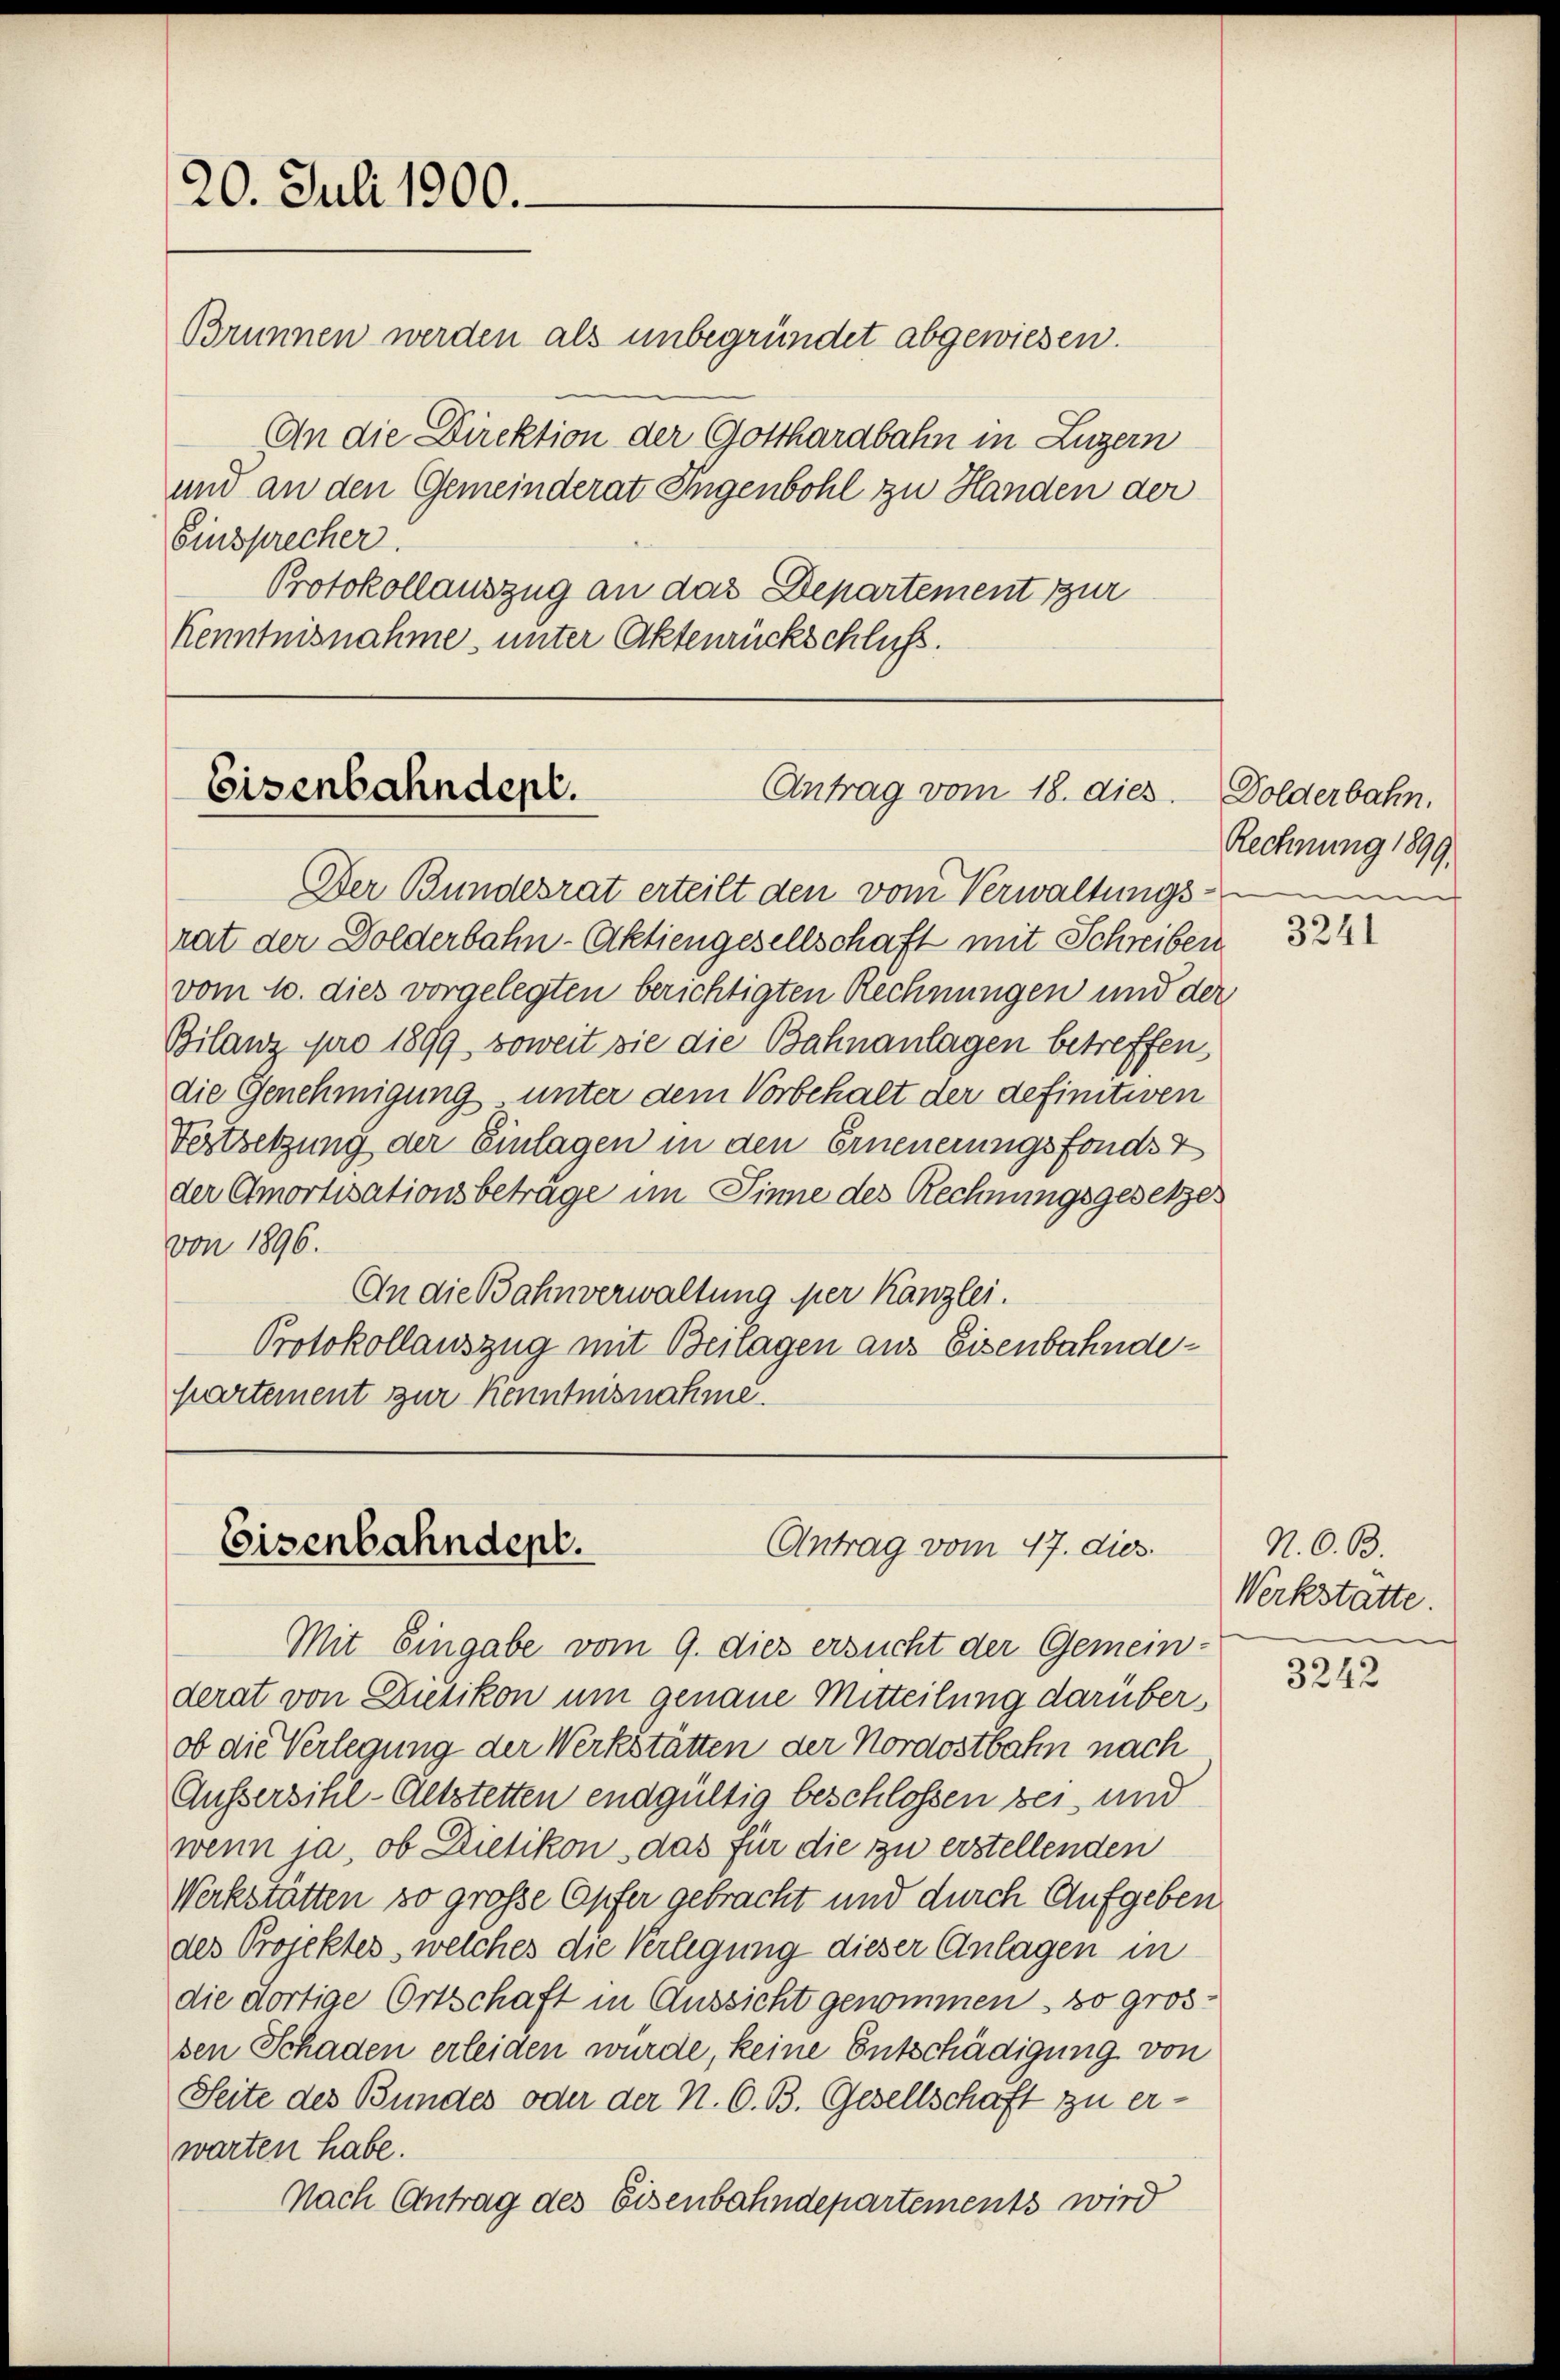
20. Juli 1900.

Brunnen werden als unbegründet abgewiesen.
An die Direktion der Gotthardbahn in Luzern
und an den Gemeinderat Ingenbohl zu Handen der
Einsprecher.
Protokollauszug an das Departement zur
Kenntnisnahme, unter Aktenrückschluss.

Antrag vom 18. dies
Eisenbahndept.

Eisenbahndent.
Antrag vom 17. dies

Der Bundesrat erteilt den vom Verwaltungsrat der Dolderbahn-Aktiengesellschaft mit Schreiben
vom 10. dies vorgelegten berichtigten Rechnungen und der
Bilanz pro 1899 soweit sie die Bahnanlagen betreffen,
die Genehmigung unter dem Vorbehalt der definitiven
Festsetzung der Einlagen in den Erneuerungsfonds z
der Amortisationsbetrage im Sinne des Rechnungsgesetzes
von 1896.
An die Bahnverwaltung der Kanzlei.
Protokollauszug mit Bestagen aus Eisenbahndepartement zur Kenntnisnahme.

Mit Eingabe vom 9. dies ersucht der Gemein-
derat von Dietikon um genaue Mitteilung darüber,
ob die Verlegung der Werkstätten der Nordostbahn nach
Aussersihl-Altstetten endgültig beschlossen sei, und
wenn ja, ob Dietikon, das für die zu erstellenden
Werkstätten so große Opfer gebracht und durch Aufgeben
des Projektes, welches die Verlegung dieser Anlagen in
die dortige Ortschaft in Aussicht genommen, so grossen Schaden erleiden wurde, keine Entschädigung von
Seite des Bundes oder der N. O. B. Gesellschaft zu er-
warten habe.
Nach Antrag des Eisenbahndepartements wird

Dolderbahn.
Rechnung 1899.
e

3241

N. O. B.
Werkstatte.

3242